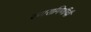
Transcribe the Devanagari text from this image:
रणरागिणींची